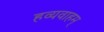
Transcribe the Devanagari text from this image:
हव्यवाहम्